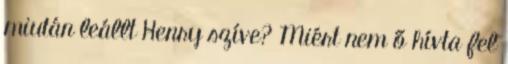
miután leállt Henry szíve? Miért nem ő hívta fel